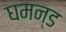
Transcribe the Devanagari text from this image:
घमन्ड